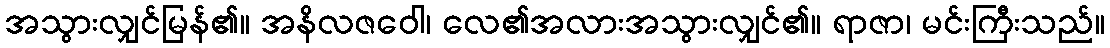
အသွားလျှင်မြန်၏။ အနိလဇဝေါ၊ လေ၏အလားအသွားလျှင်၏။ ရာဇာ၊ မင်းကြီးသည်။